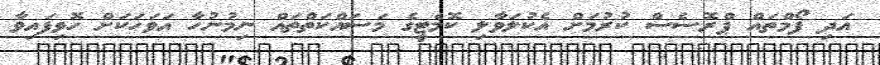
އަދި ފޯމްތައް ޕްރޮސެސް ކުރުމަށް އެކުލަވާލި ކޮމެޓީގެ މަސައްކަތްތައް ނިމުނުހާ އަވަހަކަށް ހޮވިފައިވާ